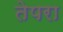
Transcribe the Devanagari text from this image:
तेपरा